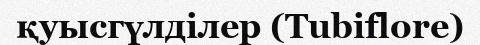
қуысгүлділер (Tubiflore)